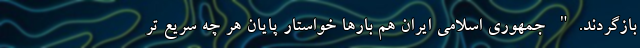
بازگردند." جمهوری اسلامی ایران هم بارها خواستار پایان هر چه سریع تر